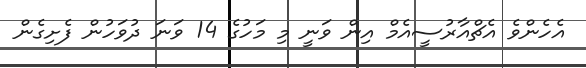
އެހެންވެ އެޗްއާރުސީއެމް އިން ވަނީ މި މަހުގެ 14 ވަނަ ދުވަހުން ފެށިގެން